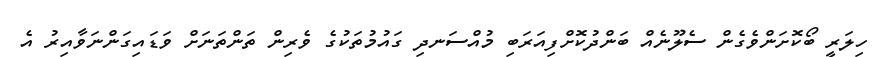
ހިލަރީ ބޯކޮށަންވެގެން ސެލޫނެއް ބަންދުކޮށްފިއަރަބި މުއްސަނދި ގައުމުތަކުގެ ވެރިން ތަންތަނަށް ވަޑައިގަންނަވާއިރު އެ